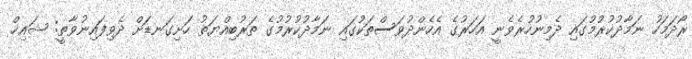
ރޯދަމަހު ނަމާދުކުރުމުގައި ދެމިނުހުރެވެނީ އަހަރުގެ އެހެންދުވަސްތަކުގައި ނަމާދުކުރުމުގެ ތަރުބިއްޔަތު ހަށިގަނޑަށް ދެވިފައިނުވާތީ: ޝައިޚް